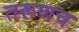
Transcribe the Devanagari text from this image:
तरूणच